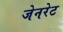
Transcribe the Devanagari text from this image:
जेनरेट